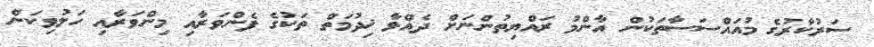
ސަރުކާރުގެ މުއައްސަސާތަކުން އާންމު ރައްޔިތުންނަށް ދެއްވާ ޚިދުމަތް ތަކުގެ ފެންވަރާއި މިންވަރާއި ހަލުވިކަން